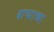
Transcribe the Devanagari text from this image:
बाष्पाच्या